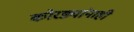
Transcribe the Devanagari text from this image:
कोरड्यांनाही